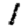
Digit: 1